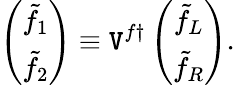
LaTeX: \left(\begin{array}{c}{{\tilde{f}_{1}}}\\ {{\tilde{f}_{2}}}\end{array}\right)\equiv\mathtt{V}^{f\dagger}\left(\begin{array}{c}{{\tilde{f}_{L}}}\\ {{\tilde{f}_{R}}}\end{array}\right).